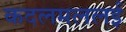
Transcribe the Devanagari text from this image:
कदलमललई